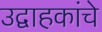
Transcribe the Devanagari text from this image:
उद्वाहकांचे